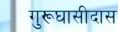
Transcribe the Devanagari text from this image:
गुरूघासीदास